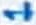
Text: 1